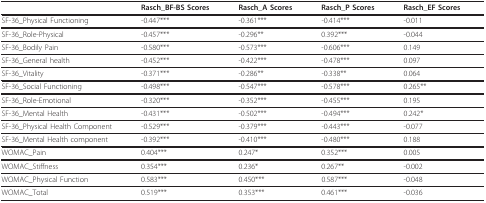
|  | Rasch_BF-BS Scores | Rasch_A Scores | Rasch_P Scores | Rasch_EF Scores |
 | --- | --- | --- | --- | --- |
 | SF-36_Physical Functioning | -0.447*** | -0.361*** | -0.414*** | -0.011 |
 | SF-36_Role-Physical | -0.457*** | -0.296** | 0.392*** | -0.044 |
 | SF-36_Bodily Pain | -0.580*** | -0.573*** | -0.606*** | 0.149 |
 | SF-36_General health | -0.452*** | -0.422*** | -0.478*** | 0.097 |
 | SF-36_Vitality | -0.371*** | -0.286** | -0.338** | 0.064 |
 | SF-36_Social Functioning | -0.498*** | -0.547*** | -0.578*** | 0.265** |
 | SF-36_Role-Emotional | -0.320*** | -0.352*** | -0.455*** | 0.195 |
 | SF-36_Mental Health | -0.431*** | -0.502*** | -0.494*** | 0.242* |
 | SF-36_Physical Health Component | -0.529*** | -0.379*** | -0.443*** | -0.077 |
 | SF-36_Mental Health component | -0.392*** | -0.410*** | -0.480*** | 0.188 |
 | WOMAC_Pain | 0.404*** | 0.247* | 0.352*** | 0.005 |
 | WOMAC_Stiffness | 0.354*** | 0.236* | 0.267** | -0.002 |
 | WOMAC_Physical Function | 0.583*** | 0.450*** | 0.587*** | -0.048 |
 | WOMAC_Total | 0.519*** | 0.353*** | 0.461*** | -0.036 |